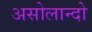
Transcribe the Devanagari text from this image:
असोलान्दो